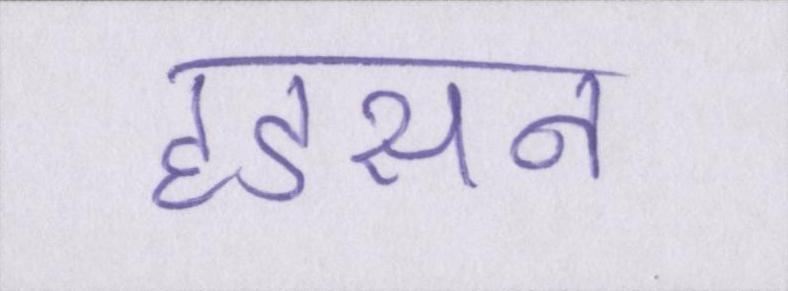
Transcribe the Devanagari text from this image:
हडसन